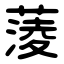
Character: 蔆